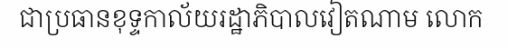
ជាប្រធានខុទ្ទកាល័យរដ្ឋាភិបាលវៀតណាម លោក